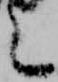
言